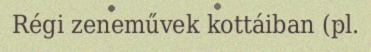
Régi zeneművek kottáiban (pl.